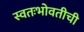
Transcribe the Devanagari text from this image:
स्वतःभोवतीची